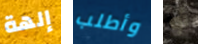
إلهة وأطلب أو